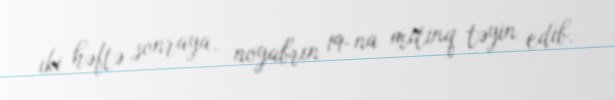
iki həftə sonraya, noyabrın 19-na mitinq təyin edib.